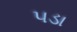
પડા